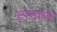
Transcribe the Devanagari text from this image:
रूपसाम्य